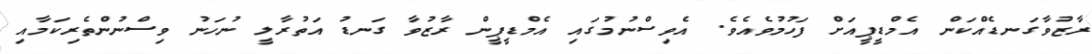
ރާޒުވާގަނޑެއްކަން އެމްޑީޕީއަށް ފަހުމުވެއެވެ. އެވިސްނުމުގައި އެމްޑީޕީން ރާޒުވާ ގަނޑު އަތުރާލީ ނުހަނު ވިސްނުންތެރިކަމާއި